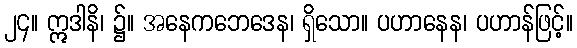
၂၄။ ဣဒါနိ၊ ၌။ အနေကဘေဒေန၊ ရှိသော။ ပဟာနေန၊ ပဟာန်ဖြင့်။